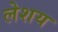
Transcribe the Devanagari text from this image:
लेशय